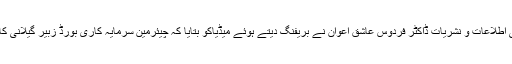
وزیراعظم کی معاون خصوصی اطلاعات و نشریات ڈاکٹر فردوس عاشق اعوان نے بریفنگ دیتے ہوئے میڈیاکو بتایا کہ چیئرمین سرمایہ کاری بورڈ زبیر گیلانی کا استعفیٰ بھی منظور کر لیا گیا ۔